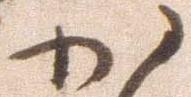
か